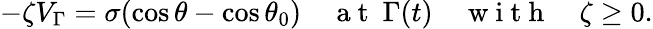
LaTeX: \begin{array}{r}{-\zeta V_{\Gamma}=\sigma(\cos\theta-\cos\theta_{0})\quad\mathrm{~a~t~}\ \Gamma(t)\quad\mathrm{~w~i~t~h~}\quad\zeta\geq 0.}\end{array}